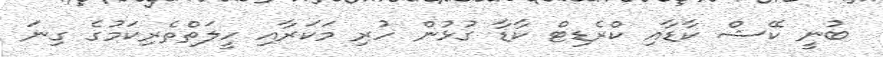
ބުނީ ކޭޝް ކާޑާއި ކްރެޑިޓް ކާޑާ ގުޅުން ހުރި މަކަރާއި ހީލަތްތެރިކަމުގެ ގިނަ